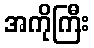
အကိုကြီး